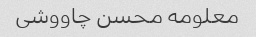
معلومه محسن چاووشی